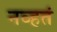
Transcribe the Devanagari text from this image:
नव्‍हतं